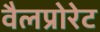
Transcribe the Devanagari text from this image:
वैलप्रोरेट